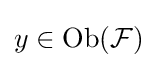
y\in {\text{Ob}}({\mathcal {F}})